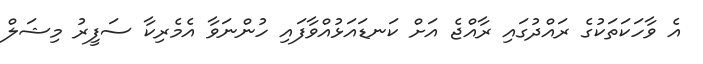
އެ ވާހަކަތަކުގެ ރައްދުގައި ރާއްޖެ އަށް ކަނޑައަޅުއްވާފައި ހުންނަވާ އެމެރިކާ ސަފީރު މިޝަލް